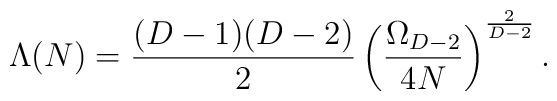
\Lambda(N) = {(D-1)(D-2)\over 2} \left( {\Omega_{D-2}\over 4N}\right)^{2\over D-2}.